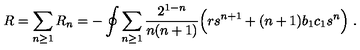
R = \sum _ { n \ge 1 } R _ { n } = - \oint \sum _ { n \ge 1 } { \frac { 2 ^ { 1 - n } } { n ( n + 1 ) } } \Big ( r s ^ { n + 1 } + ( n + 1 ) b _ { 1 } c _ { 1 } s ^ { n } \Big ) \ .